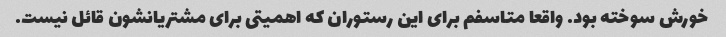
خورش سوخته بود. واقعا متاسفم برای این رستوران که اهمیتی برای مشتریانشون قائل نیست.